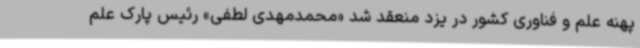
پهنه علم و فناوری کشور در یزد منعقد شد «محمدمهدی لطفی» رئیس پارک علم